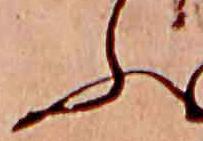
ふ